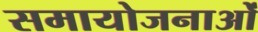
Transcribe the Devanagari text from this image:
समायोजनाओं